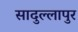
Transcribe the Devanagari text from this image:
सादुल्लापुर